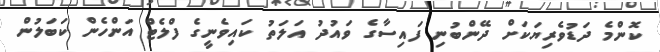
ކޮންމެ ދަޑުވެރިޔަކަށް ދޭންބުނި ފައިސާގެ ވައުދު އަލަތު ކައިވެނީގެ ފްލެޓް އަންހެން ކަބަލުން